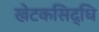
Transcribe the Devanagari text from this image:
खेटकसिद्धि